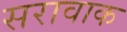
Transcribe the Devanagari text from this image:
सरावाक